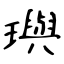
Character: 璵